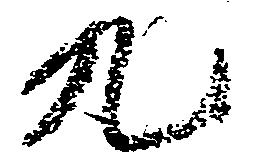
九